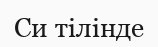
Си тілінде